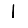
Digit: 1